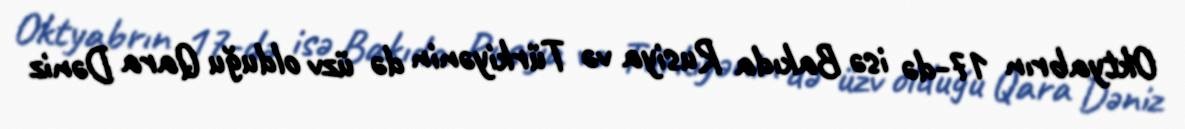
Oktyabrın 17-də isə Bakıda Rusiya və Türkiyənin də üzv olduğu Qara Dəniz